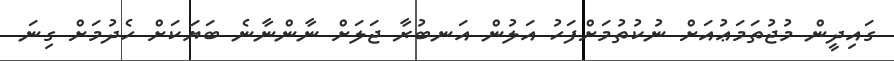
ގައިދީން މުޖުތަމަޢުއަށް ނުކުތުމަށްފަހު އަލުން އަނބުރާ ޖަލަށް ނާންނާނެ ބަޔަކަށް ހެދުމަށް ގިނަ